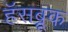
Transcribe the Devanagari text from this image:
हॅसब्रूक